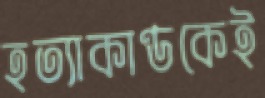
হত্যাকাণ্ডকেই